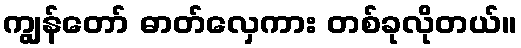
ကျွန်တော် ဓာတ်လှေကား တစ်ခုလိုတယ်။